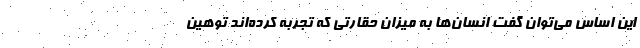
این اساس می‌توان گفت انسان‌ها به میزان حقارتی که تجربه کرده‌اند توهین